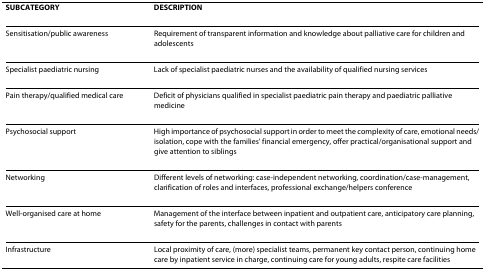
<table><thead><tr><td><b>SUBCATEGORY</b></td><td></td><td><b>DESCRIPTION</b></td></tr></thead><tbody><tr><td>Sensitisation/public awareness</td><td></td><td>Requirement of transparent information and knowledge about palliative care for children and adolescents</td></tr><tr><td>Specialist paediatric nursing</td><td></td><td>Lack of specialist paediatric nurses and the availability of qualified nursing services</td></tr><tr><td>Pain therapy/qualified medical care</td><td></td><td>Deficit of physicians qualified in specialist paediatric pain therapy and paediatric palliative medicine</td></tr><tr><td>Psychosocial support</td><td></td><td>High importance of psychosocial support in order to meet the complexity of care, emotional needs/isolation, cope with the families&#x27; financial emergency, offer practical/organisational support and give attention to siblings</td></tr><tr><td>Networking</td><td></td><td>Different levels of networking: case-independent networking, coordination/case-management, clarification of roles and interfaces, professional exchange/helpers conference</td></tr><tr><td>Well-organised care at home</td><td></td><td>Management of the interface between inpatient and outpatient care, anticipatory care planning, safety for the parents, challenges in contact with parents</td></tr><tr><td>Infrastructure</td><td></td><td>Local proximity of care, (more) specialist teams, permanent key contact person, continuing home care by inpatient service in charge, continuing care for young adults, respite care facilities</td></tr></tbody></table>